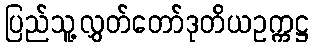
ပြည်သူ့လွှတ်တော်ဒုတိယဥက္ကဋ္ဌ